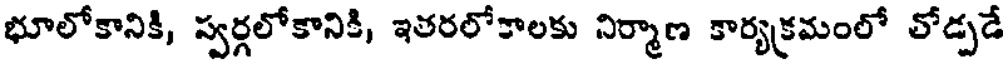
భూలోకానికి, స్వర్గలోకానికి, ఇతరలోకాలకు నిర్మాణ కార్యక్రమంలో తోడ్పడే